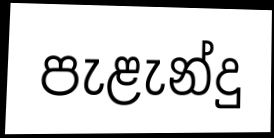
පැළැන්දු